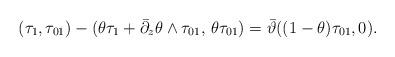
LaTeX: \begin{align*}(\tau_1, \tau_{01}) - (\theta \tau_1 + \bar{\partial}_z \theta \wedge \tau_{01},\, \theta \tau_{01})= \bar{\vartheta} ( (1 - \theta) \tau_{01}, 0).\end{align*}